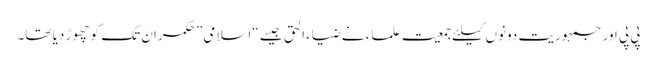
پی پی اور جمہوریت دونوں کیلئے جمعیتِ علماء نے ضیاء الحق جیسے “اسلامی” حکمران تک کو چھوڑ دیا تھا۔